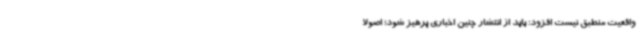
واقعیت منطبق نیست افزود: باید از انتشار چنین اخباری پرهیز شود؛ اصولا